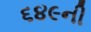
૬૪૯ની